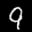
Label: 9